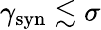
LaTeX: \gamma_{\mathrm{syn}}\lesssim\sigma